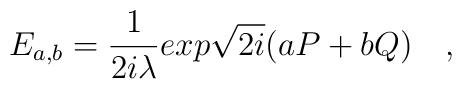
E_{a,b}={1 \over 2i\lambda }exp \sqrt{2i} (aP+bQ) \quad ,